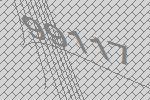
99117